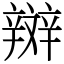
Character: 辬